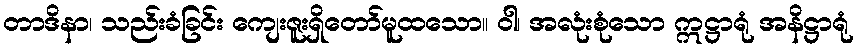
တာဒိနာ၊ သည်းခံခြင်း ကျေးဇူးရှိတော်မူထသော။ ဝါ၊ အလုံးစုံသော ဣဋ္ဌာရုံ အနိဋ္ဌာရုံ